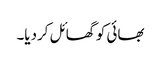
بھائی کو گھائل کردیا۔